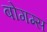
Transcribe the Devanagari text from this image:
बोगग्स